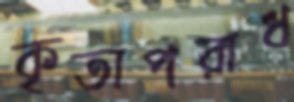
কৃতাপরাধ